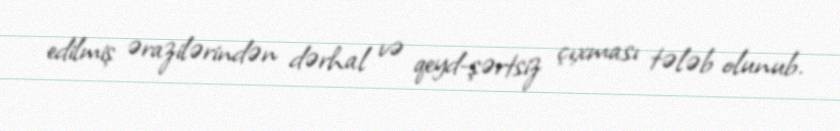
edilmiş ərazilərindən dərhal və qeyd-şərtsiz çıxması tələb olunub.